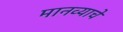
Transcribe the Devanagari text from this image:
मानव्याचें